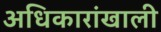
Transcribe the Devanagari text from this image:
अधिकारांखाली